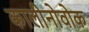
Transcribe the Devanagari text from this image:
कालीनोवोक